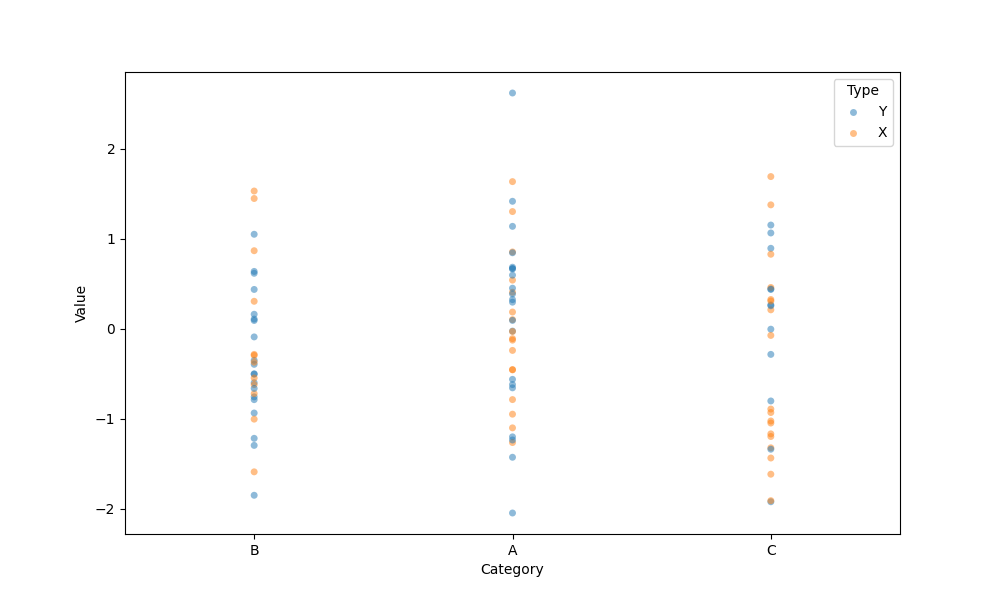
python, seaborn, stripplot, jitter=False, dodge=False, alpha=0.5, size=5